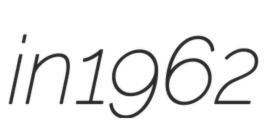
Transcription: in 1962